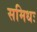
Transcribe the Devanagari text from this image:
समिधः